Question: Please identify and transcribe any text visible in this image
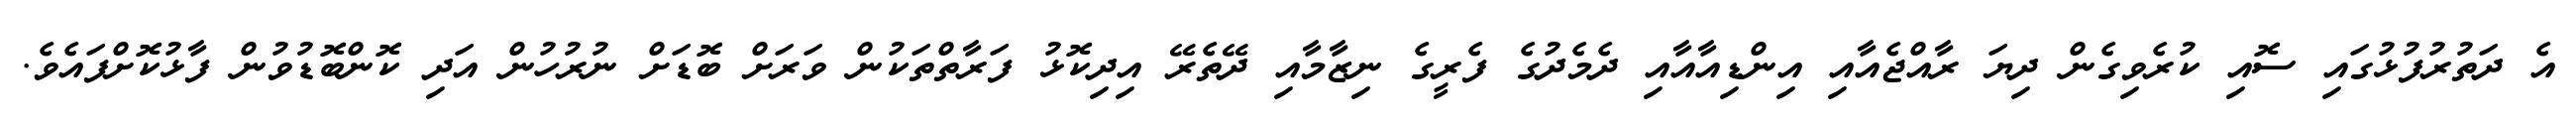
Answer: އެ ދަތުރުފުޅުގައި ސޮއި ކުރެވިގެން ދިޔަ ރާއްޖެއާއި އިންޑިއާއާއި ދެމެދުގެ ފެރީގެ ނިޒާމާއި ދޭތެރޭ އިދިކޮޅު ފަރާތްތަކުން ވަރަށް ބޮޑަށް ނުރުހުން އަދި ކޮންބޮޑުވުން ފާޅުކޮށްފައެވެ.